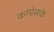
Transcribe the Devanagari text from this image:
कांग्रेसके